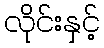
လိုင်းနှင့်